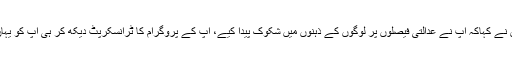
چیف جسٹس نے کہاکہ آپ نے عدالتی فیصلوں پر لوگوں کے ذہنوں میں شکوک پیدا کیے، آپ کے پروگرام کا ٹرانسکرپٹ دیکھ کر ہی آپ کو یہاں بلایا ہے ۔